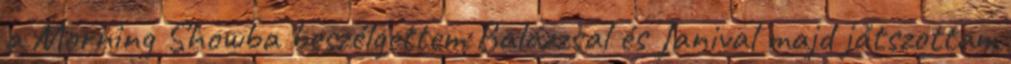
a Morning Showba beszélgettem Balázzsal és Janival majd játszottam